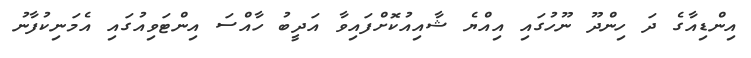
އިންޑިއާގެ ދަ ހިންދޫ ނޫހުގައި އިއްޔެ ޝާއިއުކޮށްފައިވާ އަދީބު ހާއްސަ އިންޓަވިއުގައި އެމަނިކުފާނު